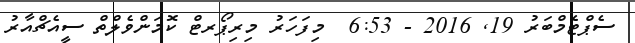
ސެޕްޓެމްބަރު 19